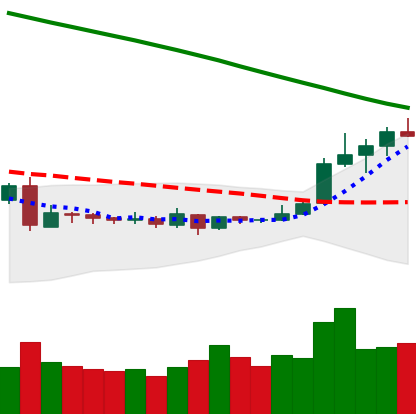
Ticker: XLM-USD
Chart end date: 2019-03-14
Forward return: 5.571%
Label: up_5_7